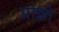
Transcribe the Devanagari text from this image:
प्राज्ञो